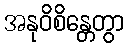
အနုဝိစိန္တေတွာ